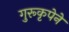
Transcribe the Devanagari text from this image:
गुरूकृपेने